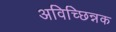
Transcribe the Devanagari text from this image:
अविच्छिन्नक